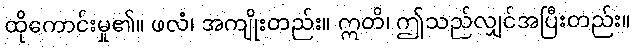
ထိုကောင်းမှု၏။ ဖလံ၊ အကျိုးတည်း။ ဣတိ၊ ဤသည်လျှင်အပြီးတည်း။